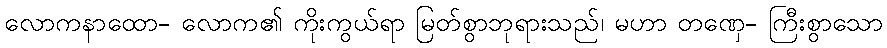
လောကနာထော- လောက၏ ကိုးကွယ်ရာ မြတ်စွာဘုရားသည်၊ မဟာ တဏှေ- ကြီးစွာသော